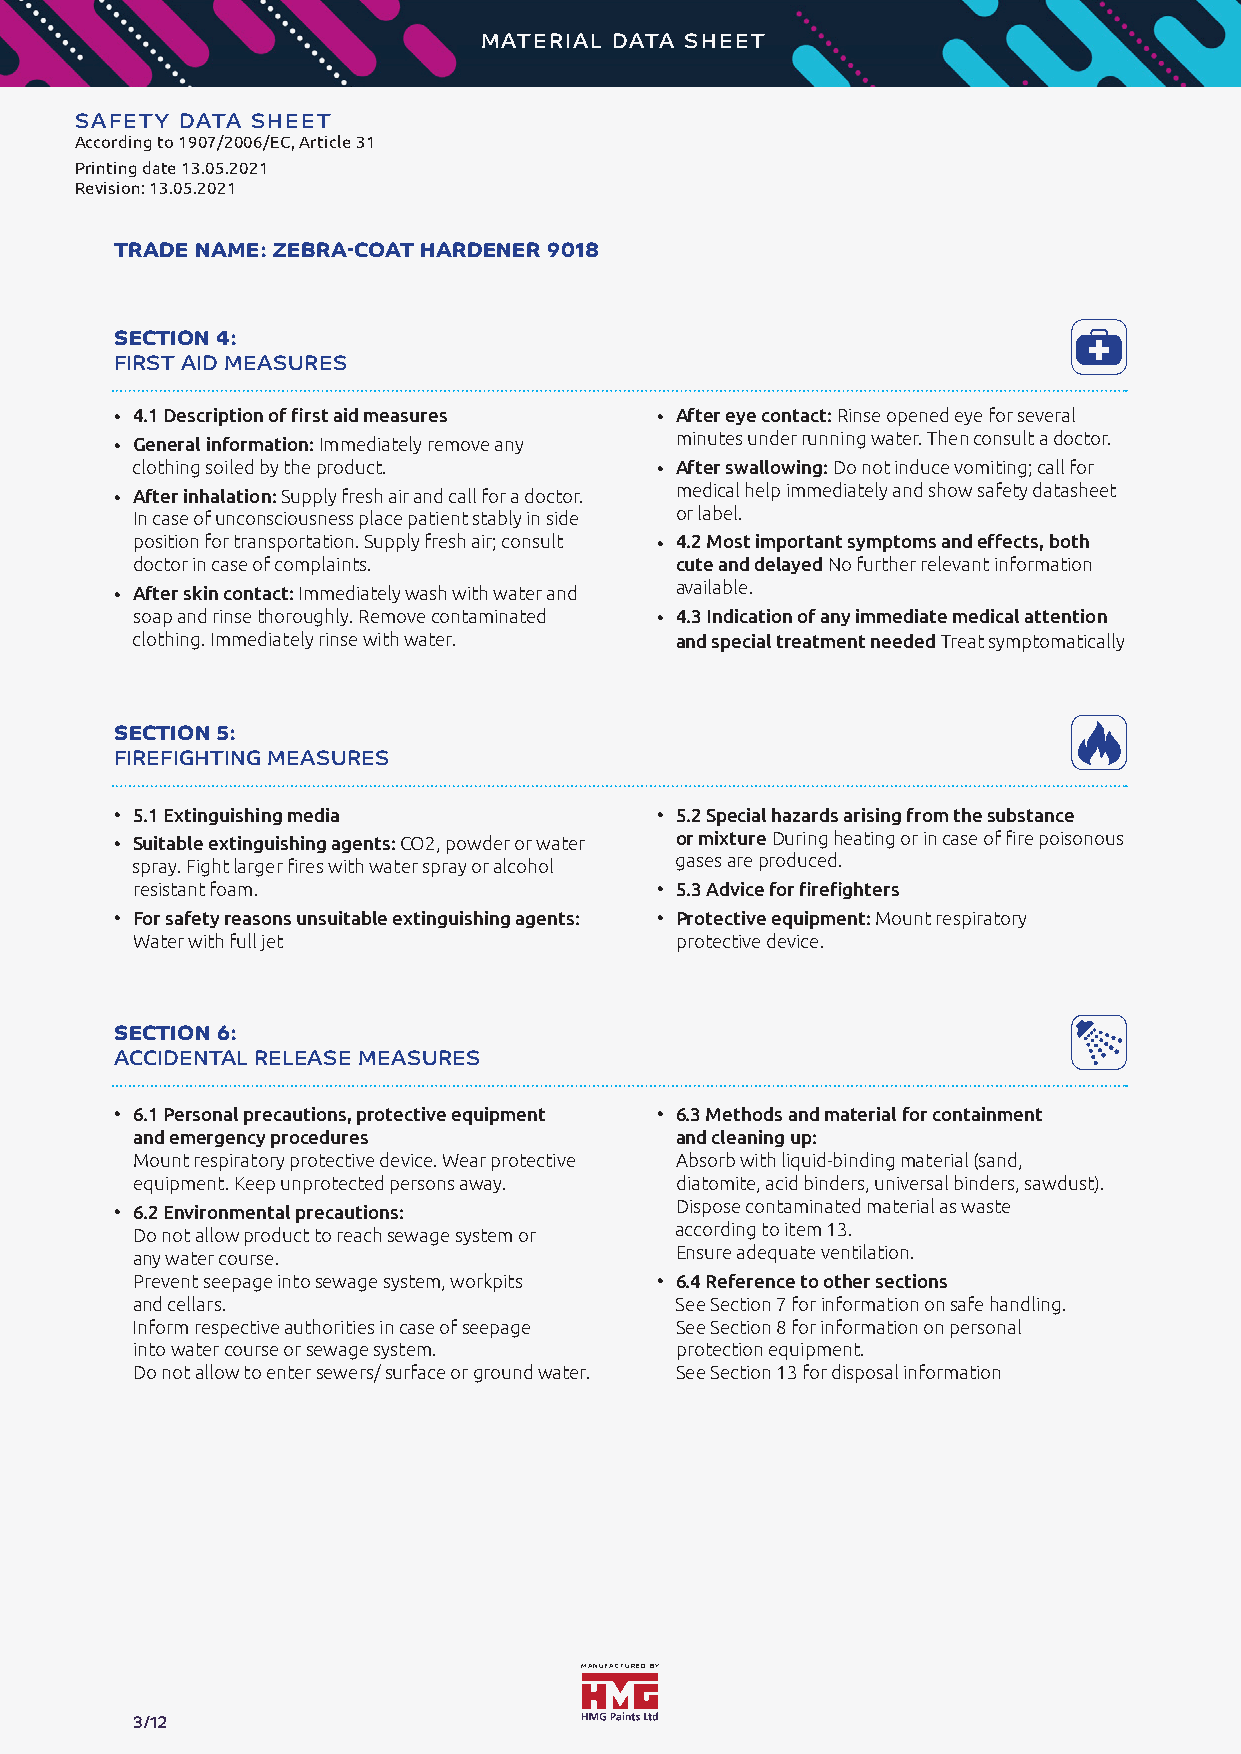
MATERIAL DATA SHEET
 SAFETY DATA SHEET          Zebra-Coat
 According to 1907/2006/EC, Article 31
 Printing date 13.05.2021
 TECHNICAL  DATA SHEET
 Revision: 13.05.2021
 TRADE NAME: ZEBRA-COAT HARDENER 9018
 SECTION 4:
 FIRST AID MEASURES
 · 4.1 Description of first aid measures · After eye contact: Rinse opened eye for several
 · General information: Immediately remove any minutes under running water. Then consult a doctor.
 clothing soiled by the product.   · After swallowing: Do not induce vomiting; call for
 · After inhalation: Supply fresh air and call for a doctor. medical help immediately and show safety datasheet
 In case of unconsciousness place patient stably in side or label.
 position for transportation. Supply fresh air; consult · 4.2 Most important symptoms and effects, both
 doctor in case of complaints.       cute and delayed No further relevant information
 · After skin contact: Immediately wash with water and available.
 soap and rinse thoroughly. Remove contaminated · 4.3 Indication of any immediate medical attention
 clothing. Immediately rinse with water. and special treatment needed Treat symptomatically
 SECTION 5:
 FIREFIGHTING MEASURES
 ·
 5.1 Extinguishing media
 ·
 5.2 Special hazards arising from the substance
 · Suitable extinguishing agents: CO2, powder or water or mixture During heating or in case of fire poisonous
 spray. Fight larger fires with water spray or alcohol gases are produced.
 resistant foam.
 ·
 5.3 Advice for firefighters
 ·
 For safety reasons unsuitable extinguishing agents:
 ·
 Protective equipment: Mount respiratory
 Water with full jet                 protective device.
 SECTION 6:
 ACCIDENTAL RELEASE MEASURES
 ·
 6.1 Personal precautions, protective equipment
 ·
 6.3 Methods and material for containment
 and emergency procedures            and cleaning up:
 Mount respiratory protective device. Wear protective Absorb with liquid-binding material (sand,
 equipment. Keep unprotected persons away. diatomite, acid binders, universal binders, sawdust).
 · 6.2 Environmental precautions:     Dispose contaminated material as waste
 Do not allow product to reach sewage system or according to item 13.
 any water course.                   Ensure adequate ventilation.
 Prevent seepage into sewage system, workpits
 ·
 6.4 Reference to other sections
 and cellars.                        See Section 7 for information on safe handling.
 Inform respective authorities in case of seepage See Section 8 for information on personal
 into water course or sewage system. protection equipment.
 Do not allow to enter sewers/ surface or ground water. See Section 13 for disposal information
 MANUFACTURED BY
 3/12